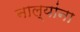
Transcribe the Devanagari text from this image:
नाल्यांना